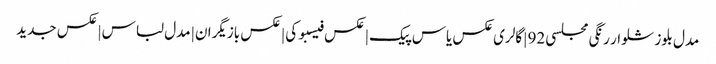
مدل بلوز شلوار رنگی مجلسی 92 | گالری عکس یاس پیک | عکس فیسبوکی | عکس بازیگران | مدل لباس | عکس جدید